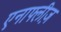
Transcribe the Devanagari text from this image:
एनाफ्लीज़